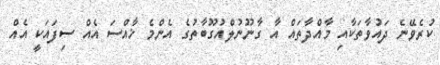
ކުރެވޭނެ ދައުވާތަކާއި މާއްދާތައް އާ ގާނޫނުލްއުގޫބާތުގެ އެންމެ ޚާއްސަަ އެއް ސިފައަކީ އެއް